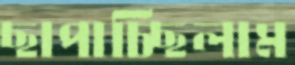
ছাপাচ্ছিলাম